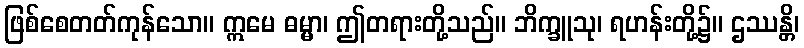
ဖြစ်စေတတ်ကုန်သော။ ဣမေ ဓမ္မာ၊ ဤတရားတို့သည်။ ဘိက္ခူသု၊ ရဟန်းတို့၌။ ဌဿန္တိ၊